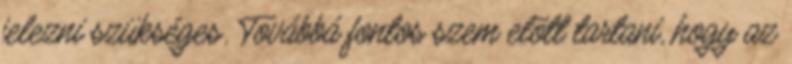
jelezni szükséges. Továbbá fontos szem elõtt tartani, hogy az